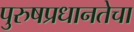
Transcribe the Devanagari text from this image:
पुरुषप्रधानतेचा